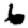
Digit: 6